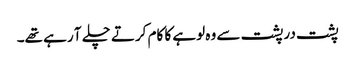
پشت در پشت سے وہ لوہے کا کام کرتے چلے آ رہے تھے۔